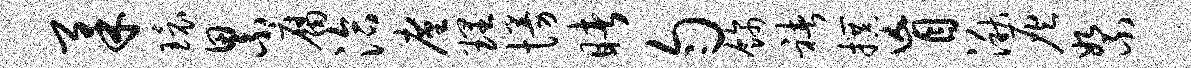
柔环累腐洽廑理慢睹匀饰褚撰盲湫灰絮